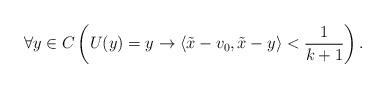
LaTeX: \begin{align*}\forall y\in C \left(U(y) = y \to \langle \tilde{x} - v_0,\tilde{x} - y \rangle < \frac{1}{k+1}\right).\end{align*}